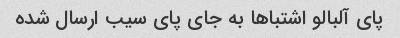
پای آلبالو اشتباها به جای پای سیب ارسال شده